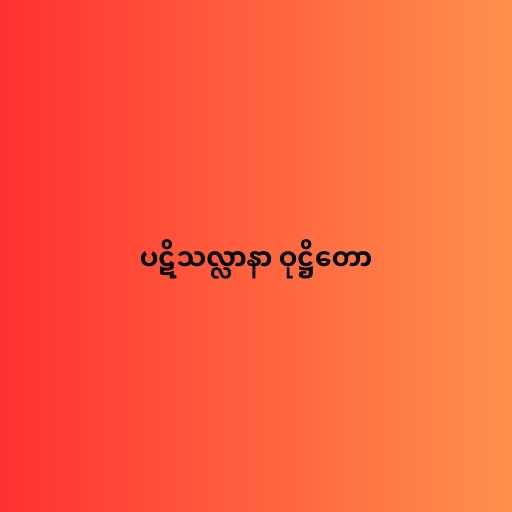
ပဋိသလ္လာနာ ဝုဋ္ဌိတော